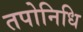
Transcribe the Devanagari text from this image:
तपोनिधि